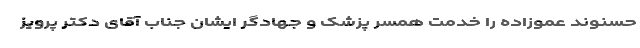
حسنوند عموزاده را خدمت همسر پزشک و جهادگر ایشان جناب آقای دکتر پرویز